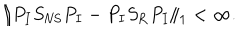
LaTeX: \| P _ { I } S _ { \mathrm { N S } } P _ { I } - P _ { I } S _ { \mathrm { R } } P _ { I } \| _ { 1 } < \infty .